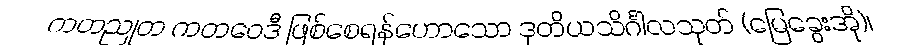
ကတညုတ ကတဝေဒီ ဖြစ်စေရန်ဟောသော ဒုတိယသိင်္ဂါလသုတ် (မြေခွေးအို)၊